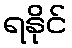
ရနိုင်